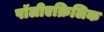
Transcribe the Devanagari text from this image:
पॉलीएक्रिलिक